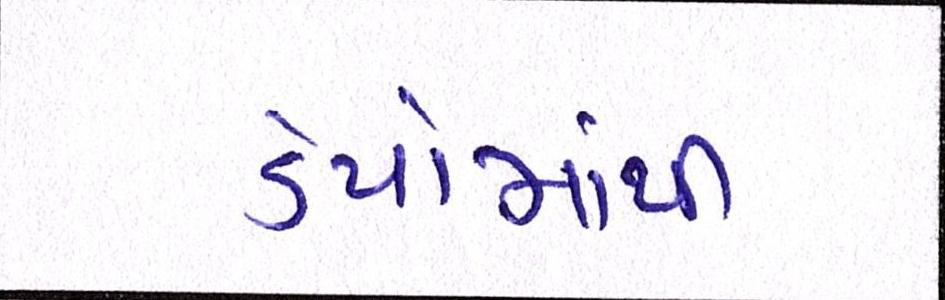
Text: ડેપોમાંથી